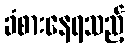
ခံစားနေရသည့်